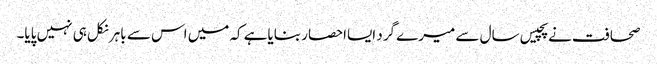
صحافت نے پچیس سال سے میرے گرد ایسااحصار بنایاہے کہ میں اس سے باہر نکل ہی نہیں پایا۔